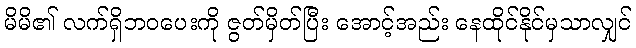
မိမိ၏ လက်ရှိဘဝပေးကို ဇွတ်မှိတ်ပြီး အောင့်အည်း နေထိုင်နိုင်မှသာလျှင်